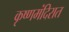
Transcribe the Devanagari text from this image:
कृष्णमंदिरात